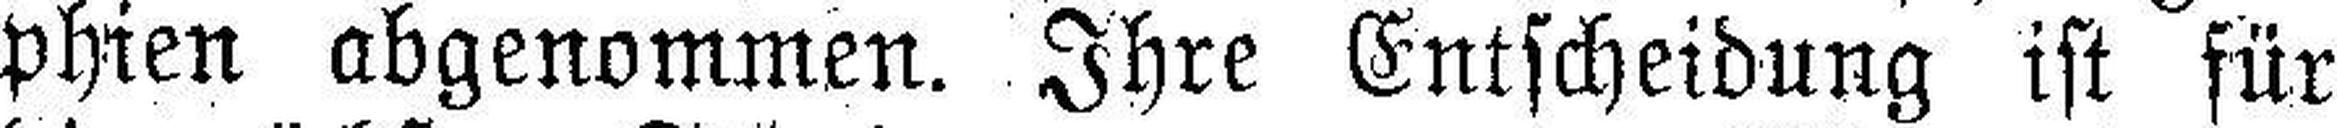
phien abgenommen. Ihre Entscheidung ist für